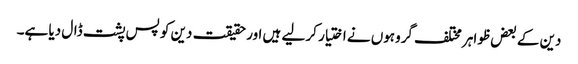
دین کے بعض ظواہر مختلف گروہوں نے اختیار کر لیے ہیں اور حقیقت دین کو پس پشت ڈال دیا ہے۔